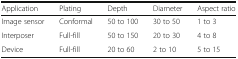
<table><thead><tr><td><b>Application</b></td><td><b>Plating</b></td><td><b>Depth</b></td><td><b>Diameter</b></td><td><b>Aspect ratio</b></td></tr></thead><tbody><tr><td>Image sensor</td><td>Conformal</td><td>50 to 100</td><td>30 to 50</td><td>1 to 3</td></tr><tr><td>Interposer</td><td>Full-fill</td><td>50 to 150</td><td>20 to 30</td><td>4 to 8</td></tr><tr><td>Device</td><td>Full-fill</td><td>20 to 60</td><td>2 to 10</td><td>5 to 15</td></tr></tbody></table>